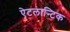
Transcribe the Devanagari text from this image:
ऐटलान्टिक